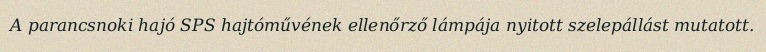
A parancsnoki hajó SPS hajtóművének ellenőrző lámpája nyitott szelepállást mutatott.